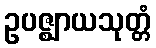
ဥပဇ္ဈာယသုတ္တံ